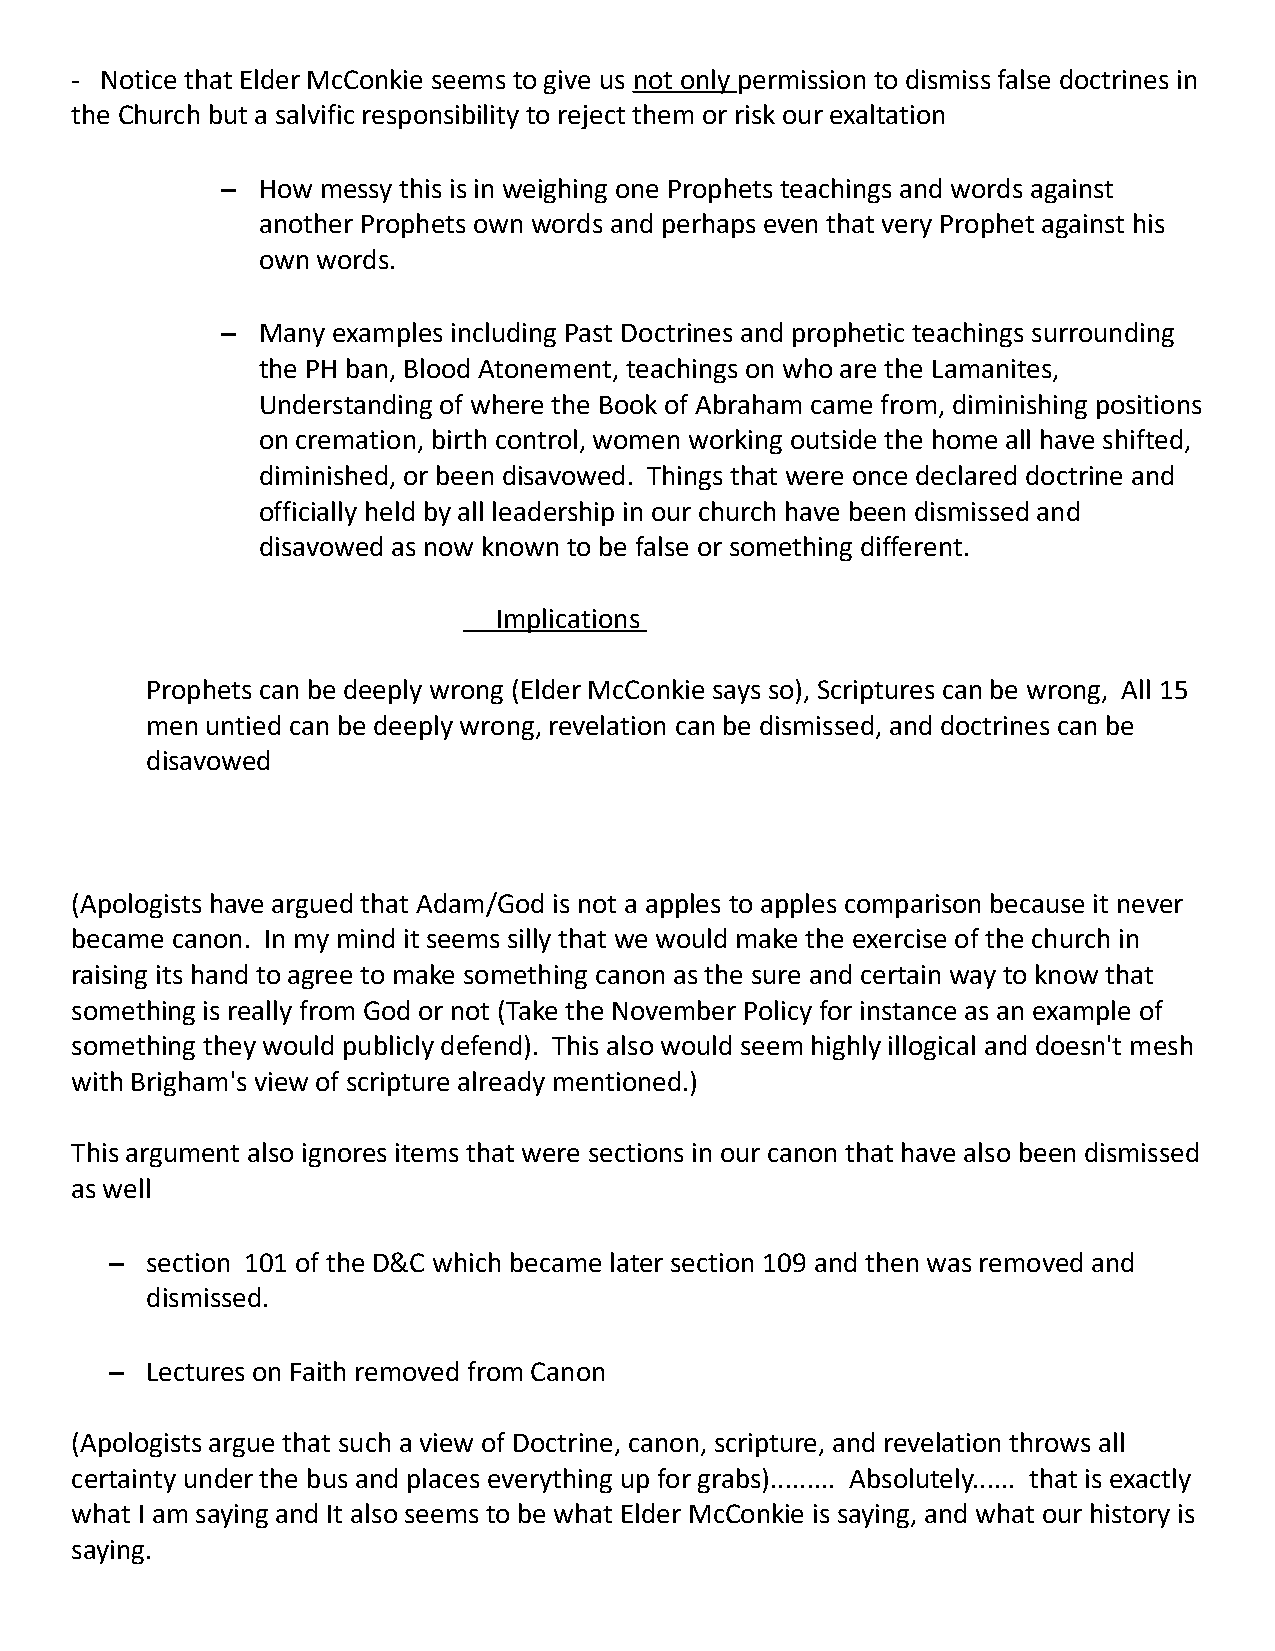
- Notice that Elder McConkie seems to give us not only permission to dismiss false doctrines in
 the Church but a salvific responsibility to reject them or risk our exaltation
 – How messy this is in weighing one Prophets teachings and words against
 another Prophets own words and perhaps even that very Prophet against his
 own words.
 – Many examples including Past Doctrines and prophetic teachings surrounding
 the PH ban, Blood Atonement, teachings on who are the Lamanites,
 Understanding of where the Book of Abraham came from, diminishing positions
 on cremation, birth control, women working outside the home all have shifted,
 diminished, or been disavowed. Things that were once declared doctrine and
 officially held by all leadership in our church have been dismissed and
 disavowed as now known to be false or something different.
 Implications
 Prophets can be deeply wrong (Elder McConkie says so), Scriptures can be wrong, All 15
 men untied can be deeply wrong, revelation can be dismissed, and doctrines can be
 disavowed
 (Apologists have argued that Adam/God is not a apples to apples comparison because it never
 became canon. In my mind it seems silly that we would make the exercise of the church in
 raising its hand to agree to make something canon as the sure and certain way to know that
 something is really from God or not (Take the November Policy for instance as an example of
 something they would publicly defend). This also would seem highly illogical and doesn't mesh
 with Brigham's view of scripture already mentioned.)
 This argument also ignores items that were sections in our canon that have also been dismissed
 as well
 –  section 101 of the D&C which became later section 109 and then was removed and
 dismissed.
 –  Lectures on Faith removed from Canon
 (Apologists argue that such a view of Doctrine, canon, scripture, and revelation throws all
 certainty under the bus and places everything up for grabs)......... Absolutely...... that is exactly
 what I am saying and It also seems to be what Elder McConkie is saying, and what our history is
 saying.